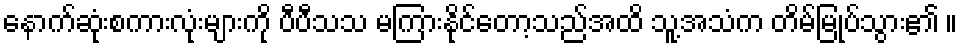
နောက်ဆုံးစကားလုံးများကို ပီပီသသ မကြားနိုင်တော့သည်အထိ သူ့အသံက တိမ်မြုပ်သွား၏ ။